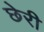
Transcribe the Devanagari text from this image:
छेरी